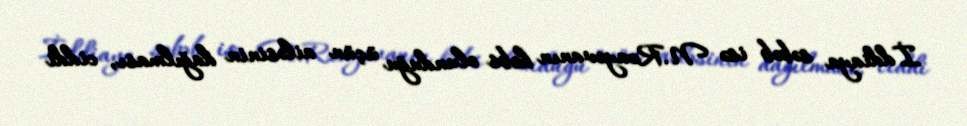
İddiaya səbəb isə N.Rzayevanın həbs olunduğu üçün ailəsinin dağılması, ciddi